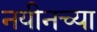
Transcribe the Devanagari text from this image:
नयीनच्या